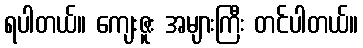
ရပါတယ်။ ကျေးဇူး အများကြီး တင်ပါတယ်။